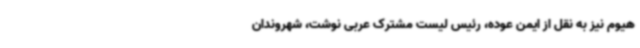
هیوم نیز به نقل از ایمن عوده، رئیس لیست مشترک عربی نوشت، شهروندان